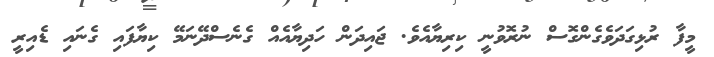
މީފާ ރުޅިގަދަވެގެންގޮސް ނުރޮވުނީ ކިރިޔާއެވެ. ޖައިދަން ހަދިޔާއެއް ގެނެސްދޭނަމޭ ކިޔާފައި ގެނައި ޑެއިރީ